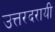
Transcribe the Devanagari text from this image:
उत्तरदरायी